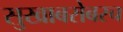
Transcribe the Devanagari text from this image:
सुखाबरोबरच